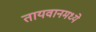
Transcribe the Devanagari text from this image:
तायवानमध्ये